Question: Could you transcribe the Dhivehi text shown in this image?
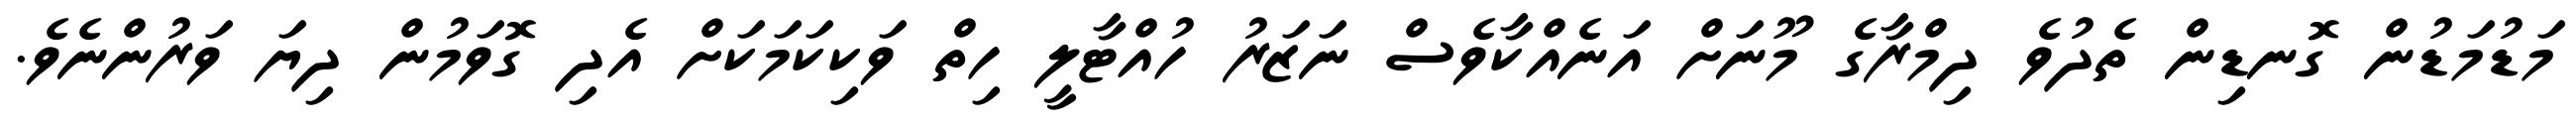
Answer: މަޑުމަޑުން ގޮނޑިން ތެދުވެ ދިމްރާގެ މޫނަށް އަނެއްކާވެސް ނަޒަރު ހުއްޓާލީ ހިތް ވަކިކަމަކަށް އެދި ގޮވަމުން ދިޔަ ވަރުންނެވެ.